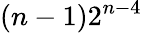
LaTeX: (n-1)2^{n-4}